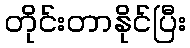
တိုင်းတာနိုင်ပြီး